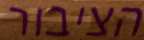
הציבור